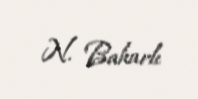
N. Baharlı